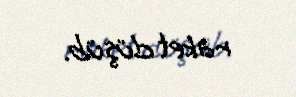
raket düşüb.